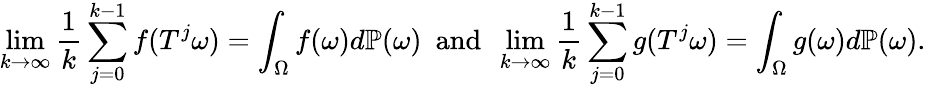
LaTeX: \operatorname*{lim}_{k\to\infty}\frac{1}{k}\sum_{j=0}^{k-1}f(T^{j}\omega)=\int_{\Omega}f(\omega)d\mathbb P(\omega)\ \mathrm{~and~}\ \operatorname*{lim}_{k\to\infty}\frac{1}{k}\sum_{j=0}^{k-1}g(T^{j}\omega)=\int_{\Omega}g(\omega)d\mathbb P(\omega).